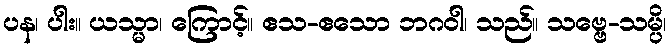
ပန၊ ပါး။ ယသ္မာ၊ ကြောင့်။ ဧသ-ဧသော ဘဂဝါ၊ သည်။ သဗ္ဗေ-သမ္ပိ၊